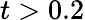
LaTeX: t>0.2